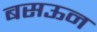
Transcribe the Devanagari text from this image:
बसऊन